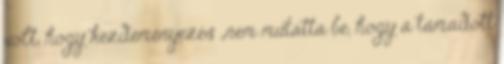
volt, hogy kezdeményezés „nem mutatta be, hogy a támadott